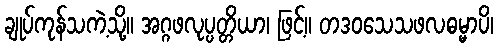
ချုပ်ကုန်သကဲ့သို့။ အဂ္ဂဖလုပ္ပတ္တိယာ၊ ဖြင့်။ တဒဝသေသဖလဓမ္မာပိ၊